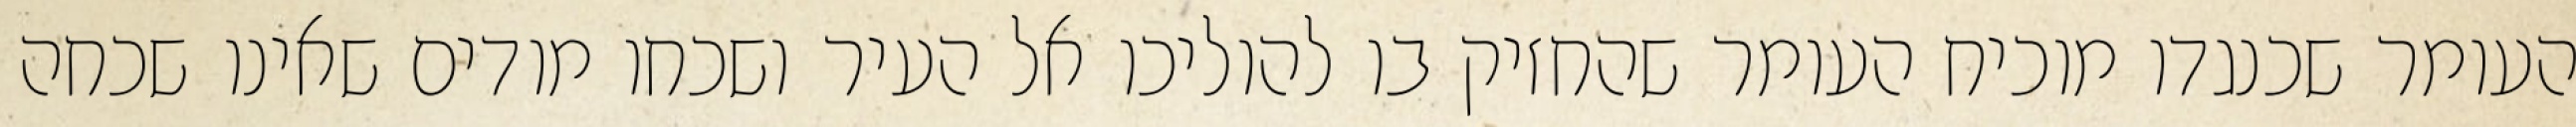
העומר שכנגדו מוכיח העומר שהחזיק בו להוליכו אל העיר ושכחו מודים שאינו שכחה